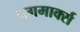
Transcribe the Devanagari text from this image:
पगमार्क्स